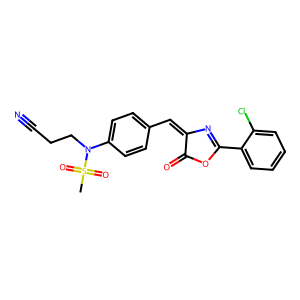
SMILES: CS(=O)(=O)N(CCC#N)c1ccc(C=C2N=C(c3ccccc3Cl)OC2=O)cc1
Inhibits HIV replication: No